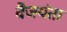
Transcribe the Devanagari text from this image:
वैंजयंता